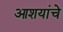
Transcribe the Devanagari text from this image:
आशयांचे